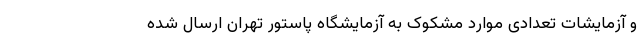
و آزمایشات تعدادی موارد مشکوک به آزمایشگاه پاستور تهران ارسال شده